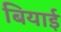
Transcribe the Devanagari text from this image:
बियाई